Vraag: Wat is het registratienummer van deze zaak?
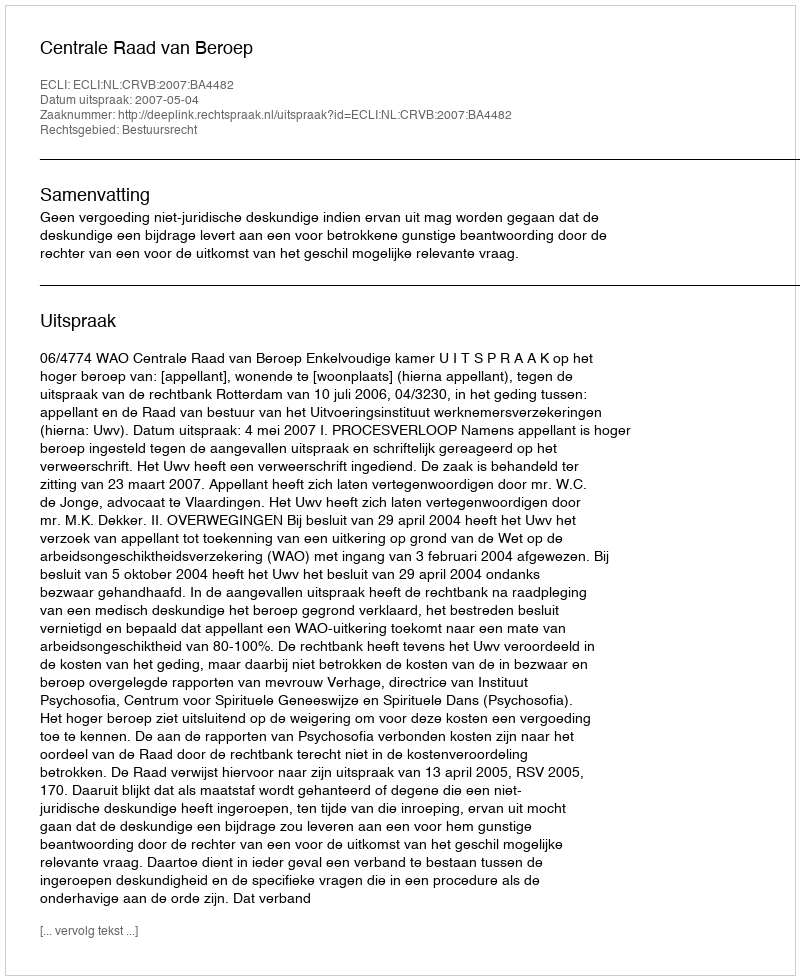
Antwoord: http://deeplink.rechtspraak.nl/uitspraak?id=ECLI:NL:CRVB:2007:BA4482